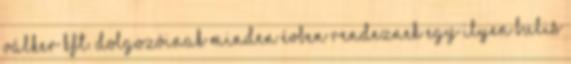
Válker Kft. dolgozóinak minden évben rendeznek egy ilyen bulis